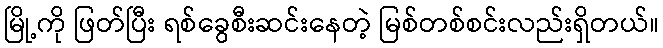
မြို့ကို ဖြတ်ပြီး ရစ်ခွေစီးဆင်းနေတဲ့ မြစ်တစ်စင်းလည်းရှိတယ်။